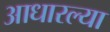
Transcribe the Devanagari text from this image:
आधारल्या